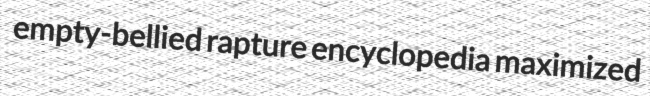
empty-bellied rapture encyclopedia maximized